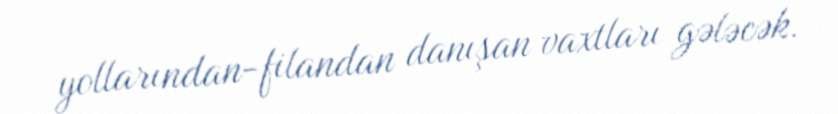
yollarından-filandan danışan vaxtları gələcək.